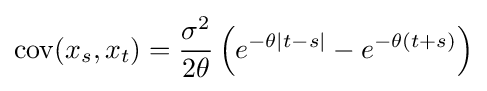
\operatorname {cov} (x_{s},x_{t})={\frac {\sigma ^{2}}{2\theta }}\left(e^{-\theta |t-s|}-e^{-\theta (t+s)}\right)